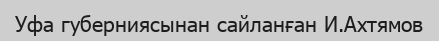
Уфа губерниясынан сайланған И.Ахтямов